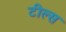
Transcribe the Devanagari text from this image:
टील्स